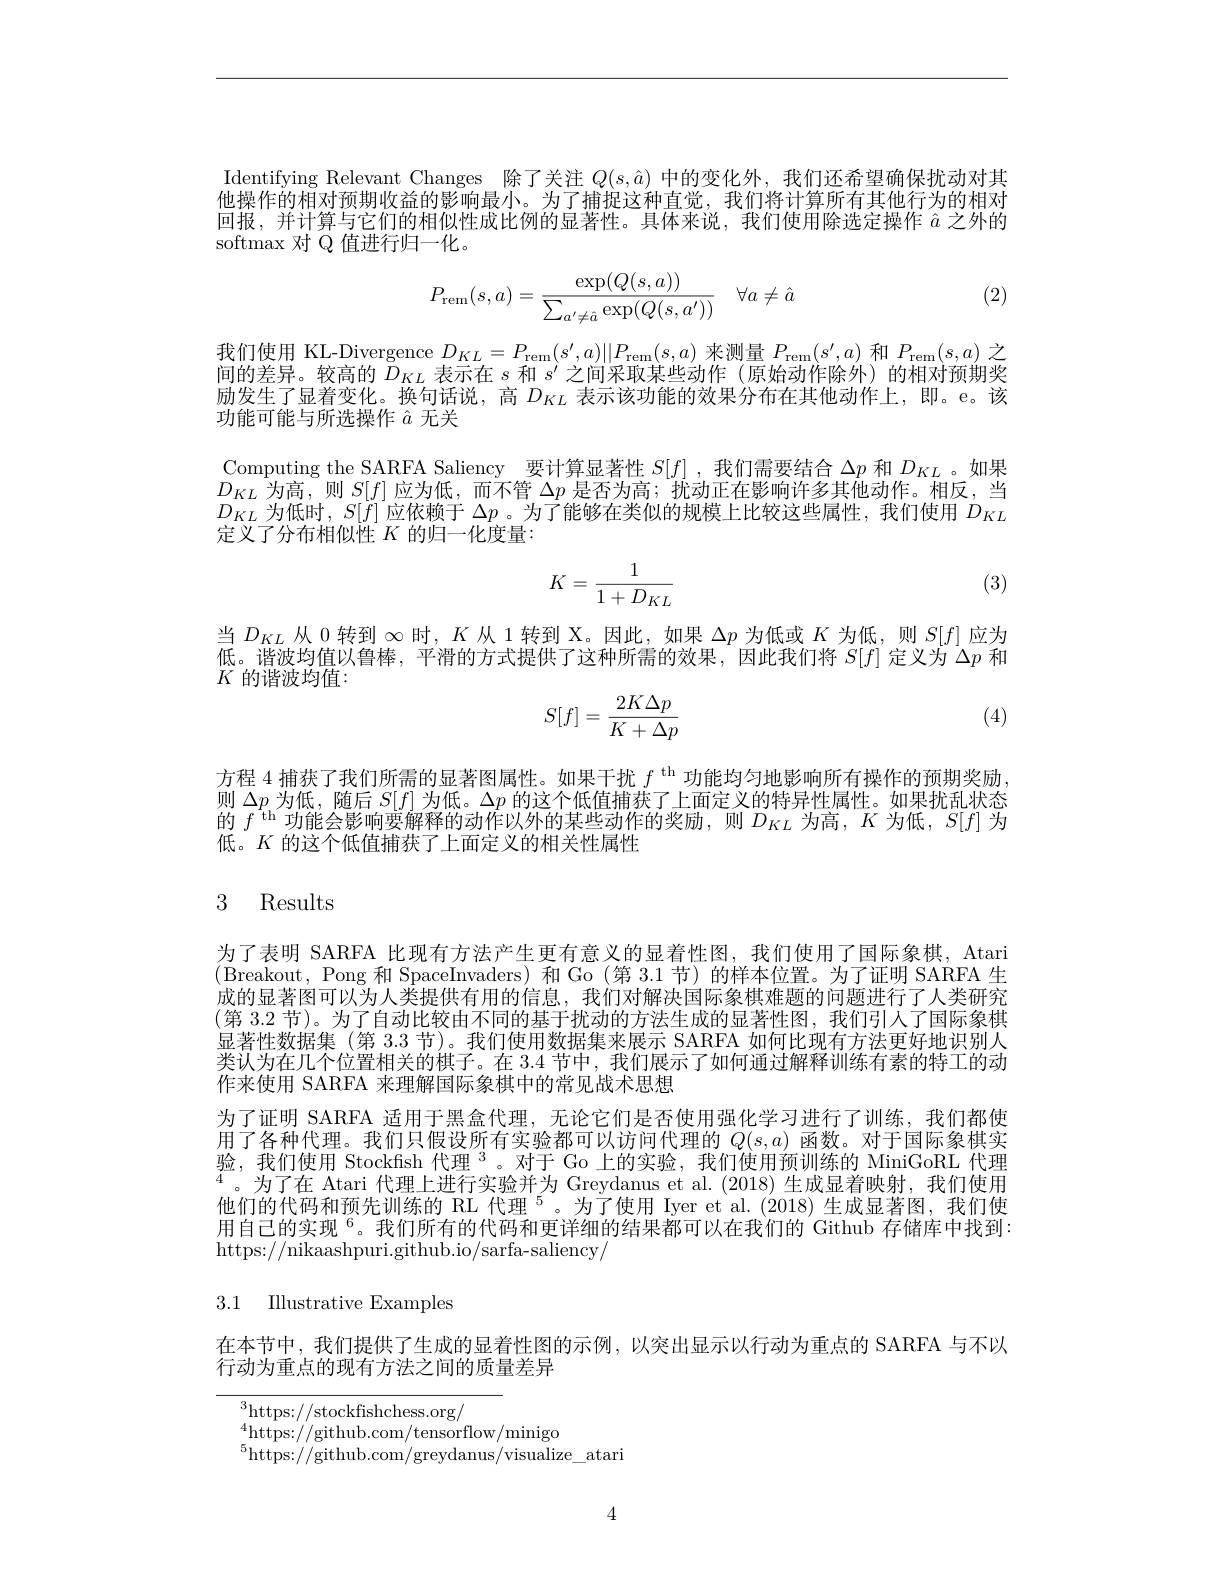
Identifying Relevant Changes 除了关注 $Q(s,\hat{a})$ 中的变化外，我们还希望确保扰动对其他操作的相对预期收益的影响最小。为了捕捉这种直觉，我们将计算所有其他行为的相对回报，并计算与它们的相似性成比例的显著性。具体来说，我们使用除选定操作$\hat{a}$之外的softmax 对 Q 值进行归一化。

(2)
$$P_{\text{rem}}(s,a)=\frac{\exp(Q(s,a))}{\sum_{a'\ne\hat{a}}\exp(Q(s,a'))}\quad\forall a\ne\hat{a}$$
我们使用 KL-Divergence $D_{KL}=P_{\mathrm{rem}}(s^{\prime},a)||P_{\mathrm{rem}}(s,a)$来测量$P_\mathrm{rem}(s^{\prime},a)$和$P_\mathrm{rem}(s,a)$之间的差异。较高的$\tilde{D}_{KL}$表示在$s$和$s^\prime$之间采取某些动作 (原始动作除外)的相对预期奖励发生了显着变化。换句话说，高$D_{KL}$表示该功能的效果分布在其他动作上，即。e。该功能可能与所选操作$\hat{a}$无关
Computing the SARFA Saliency 要计算显著性$S[f]$ ,我们需要结合$\Delta p$和$D_KL$。如果$D_{KL}$为高，则$S[f]$应为低，而不管$\Delta p$是否为高；扰动正在影响许多其他动作。相反，当$D_{KL}$为低时，$S[f]$应依赖于$\Delta p$。为了能够在类似的规模上比较这些属性，我们使用$D_KL$ 定义了分布相似性$K$的归一化度量：

(3)
$$K=\frac{1}{1+D_{KL}}$$
当$D_{KL}$从 0 转到$\infty$时，$K$从 1 转到 X。因此，如果$\Delta p$为低或$K$为低，则$S[f]$应为低。谐波均值以鲁棒，平滑的方式提供了这种所需的效果，因此我们将$S[f]$定义为$\Delta p$和$K$的谐波均值：
$$S[f]=\frac{2K\Delta p}{K+\Delta p}$$
(4)

方程 4 捕获了我们所需的显著图属性。如果干扰$f^\mathrm{th}$功能均匀地影响所有操作的预期奖励， 则$\Delta p$,为低，随后$S[f]$为低。$\Delta p$的这个低值捕获了上面定义的特异性属性。如果扰乱状态的$f^\mathrm{th}$功能会影响要解释的动作以外的某些动作的奖励，则$D_KL$为高，$K$为低，$S[f]$为低。$K$的这个低值捕获了上面定义的相关性属性

## 3 Results

为了表明 SARFA 比现有方法产生更有意义的显着性图，我们使用了国际象棋，Atari (Breakout,Pong 和 SpaceInvaders) 和 Go (第 3.1 节) 的样本位置。为了证明 SARFA 生成的显著图可以为人类提供有用的信息，我们对解决国际象棋难题的问题进行了人类研究(第 3.2 节)。为了自动比较由不同的基于扰动的方法生成的显著性图，我们引入了国际象棋显著性数据集 (第 3.3 节)。我们使用数据集来展示 SARFA 如何比现有方法更好地识别人类认为在几个位置相关的棋子。在 3.4 节中，我们展示了如何通过解释训练有素的特工的动作来使用 SARFA 来理解国际象棋中的常见战术思想
为了证明 SARFA 适用于黑盒代理，无论它们是否使用强化学习进行了训练，我们都使用了各种代理。我们只假设所有实验都可以访问代理的$Q(s,a)$函数。对于国际象棋实验，我们使用 Stockfish 代理$^{3}$。对于 Go 上的实验，我们使用预训练的 MiniGoRL 代理$^{4}$。为了在 Atari 代理上进行实验并为 Greydanus et al.(2018)生成显着映射，我们使用他们的代码和预先训练的 RL 代理$^{5}$。为了使用 Iyer et al.(2018)生成显著图，我们使用自己的实现$^{6}$。我们所有的代码和更详细的结果都可以在我们的 Github 存储库中找到： https://nikaashpuri.github.io/sarfa-saliency/

3.1 IIlustrative Examples

在本节中，我们提供了生成的显着性图的示例，以突出显示以行动为重点的 SARFA 与不以
行动为重点的现有方法之间的质量差异

$^3$https://stockfishchess.org/
${}_{r}^{4}$https://github.com/tensorflow/minigo
$^{5}$https://github.com/greydanus/visualize\_atari